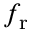
f _ { \mathrm r }